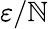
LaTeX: \varepsilon/\mathbb{N}